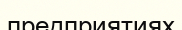
предприятиях